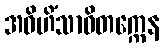
အဝိဟိံသာဝိတက္ကေန